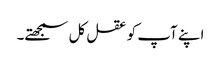
اپنے آپ کو عقل کل سمجھتے۔